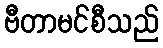
ဗီတာမင်စီသည်